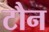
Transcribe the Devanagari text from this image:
टौन